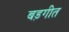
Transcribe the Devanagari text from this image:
बड़गीत